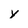
Character: y